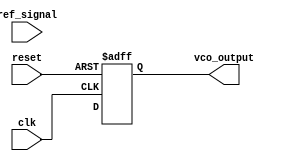
module DPLL (
    input wire clk,               // System clock
    input wire reset,             // Reset signal
    input wire ref_signal,        // Reference signal
    output reg vco_output         // Output of the VCO
);

// Parameters
parameter PHASE_MAX = 8'd255;   // Maximum phase value
parameter FILTER_GAIN = 8'd1;    // Loop filter gain
parameter VCO_MAX_FREQ = 8'd255; // Maximum frequency of the VCO

// Internal signals
reg [7:0] phase_error;           // Phase error from the phase detector
reg [7:0] filtered_error;        // Filtered error signal
reg [7:0] vco_control;           // Control signal for the VCO
reg [7:0] phase_memory [0:15];   // Memory block (FIFO) to store phase information
integer mem_ptr;                 // Pointer for the memory block

// Phase Detector
always @(posedge clk or posedge reset) begin
    if (reset) begin
        phase_error <= 8'd0;
    end else begin
        // Simple phase detector: compare reference signal with VCO output
        // Assuming ref_signal and vco_output are phase-aligned
        phase_error <= ref_signal - vco_output;
    end
end

// Loop Filter (simple integrator)
always @(posedge clk or posedge reset) begin
    if (reset) begin
        filtered_error <= 8'd0;
    end else begin
        filtered_error <= filtered_error + (FILTER_GAIN * phase_error);
    end
end

// Voltage-Controlled Oscillator (VCO)
always @(posedge clk or posedge reset) begin
    if (reset) begin
        vco_control <= 8'd0;
        vco_output <= 8'd0;
    end else begin
        // Control VCO output frequency based on filtered error
        vco_control <= vco_control + filtered_error;
        // Ensure VCO control is within limits
        if (vco_control > VCO_MAX_FREQ) begin
            vco_control <= VCO_MAX_FREQ;
        end else if (vco_control < 8'd0) begin
            vco_control <= 8'd0;
        end
        // Generate VCO output (simple counter for demonstration)
        vco_output <= (vco_control % 8'd256); // Example output
    end
end

// Memory Block
always @(posedge clk or posedge reset) begin
    if (reset) begin
        mem_ptr <= 0;
    end else begin
        // Store phase information in memory
        phase_memory[mem_ptr] <= phase_error;
        mem_ptr <= (mem_ptr + 1) % 16; // Circular buffer
    end
end

endmodule